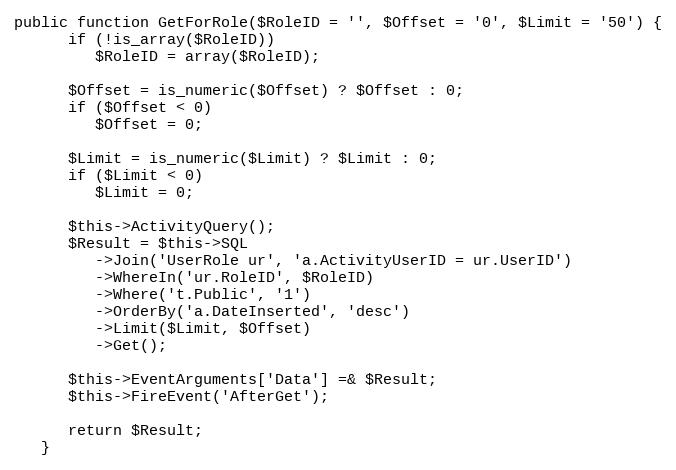
Language: PHP
public function GetForRole($RoleID = '', $Offset = '0', $Limit = '50') {
      if (!is_array($RoleID))
         $RoleID = array($RoleID);

      $Offset = is_numeric($Offset) ? $Offset : 0;
      if ($Offset < 0)
         $Offset = 0;

      $Limit = is_numeric($Limit) ? $Limit : 0;
      if ($Limit < 0)
         $Limit = 0;

      $this->ActivityQuery();
      $Result = $this->SQL
         ->Join('UserRole ur', 'a.ActivityUserID = ur.UserID')
         ->WhereIn('ur.RoleID', $RoleID)
         ->Where('t.Public', '1')
         ->OrderBy('a.DateInserted', 'desc')
         ->Limit($Limit, $Offset)
         ->Get();

      $this->EventArguments['Data'] =& $Result;
      $this->FireEvent('AfterGet');

      return $Result;
   }